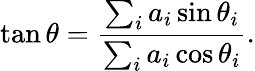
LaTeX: \tan\theta={\frac{\sum_{i}a_{i}\sin\theta_{i}}{\sum_{i}a_{i}\cos\theta_{i}}}.